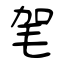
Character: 毠